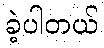
ခဲ့ပါတယ်